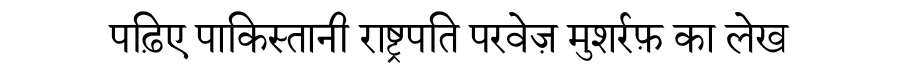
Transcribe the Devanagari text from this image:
पढ़िए पाकिस्तानी राष्ट्रपति परवेज़ मुशर्रफ़ का लेख